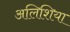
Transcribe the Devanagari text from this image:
अलिशिया